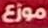
موزع